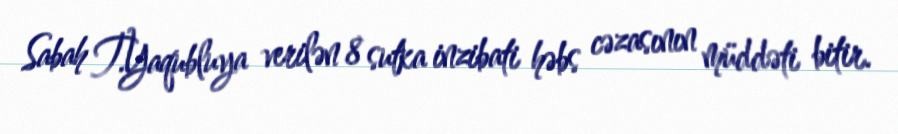
Sabah T.Yaqubluya verilən 8 sutka inzibati həbs cəzasının müddəti bitir.